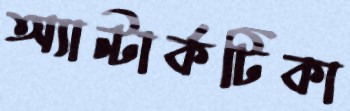
অ্যান্টার্কটিকা